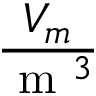
\frac { V _ { m } } { \textrm { m } ^ { 3 } }